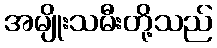
အမျိုးသမီးတို့သည်